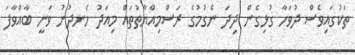
ތަކުގައިވެސް ދުވަހާ ގުޅިގެން ދިދަ ނެގުމުގެ ރަސްމިއްޔާތުތައް މިއަދު ހެނދުނު ވަނީ ބާއްވާފަ